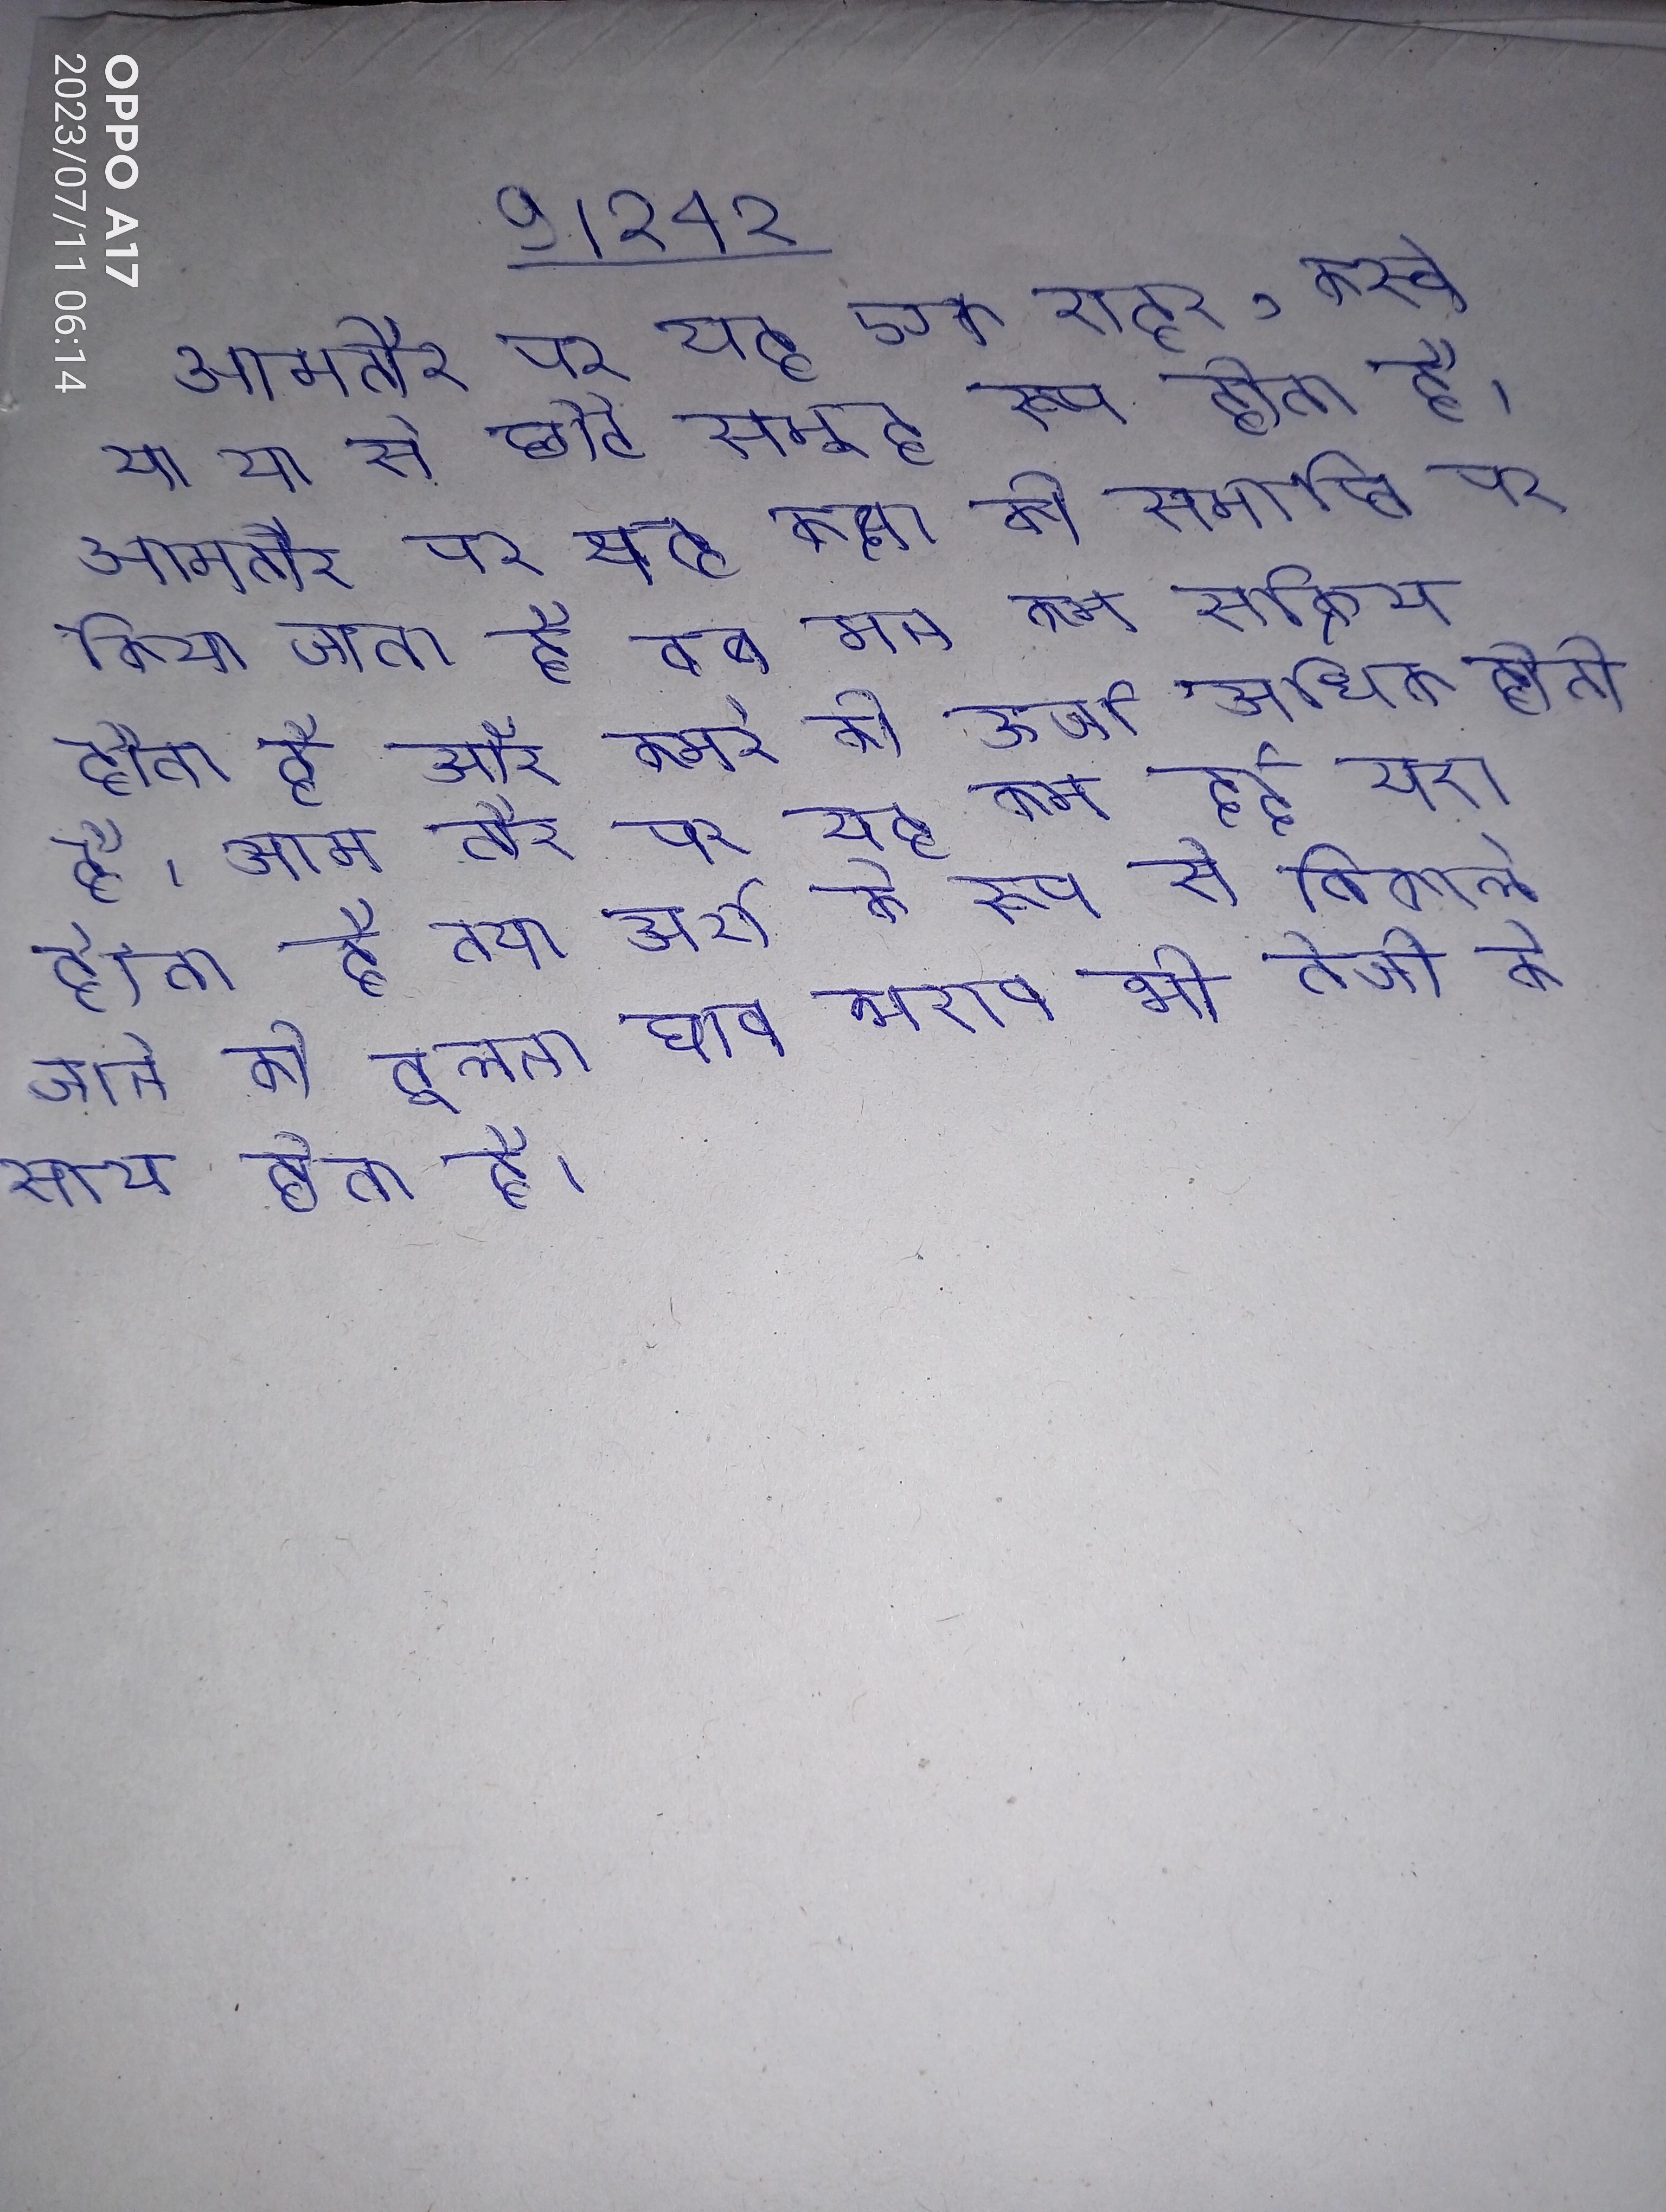
आमतौर पर यह एक शहर, कस्बे या या से छोटे समूह रूप होता है । आमतौर पर यह कक्षा की समाप्ति पर किया जाता है तब मन कम सक्रिय होता है और कमरे की ऊर्जा अधिक होती है । आम तौर पर यह कम दर्द भरा होता है तथा अर्श के रूप से निकाले जाने की तुलना घाव भराव भी तेजी के साथ होता है ।